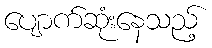
ပျောက်ဆုံးနေသည့်